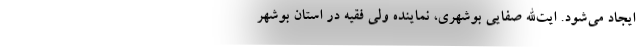
ایجاد می‌شود. ایت‌الله صفایی بوشهری، نماینده ولی فقیه در استان بوشهر